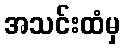
အသင်းထံမှ